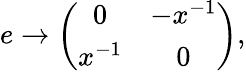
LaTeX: e\rightarrow\left(\begin{array}{cc}{{0}}&{{-x^{-1}}}\\ {{x^{-1}}}&{{0}}\end{array}\right),